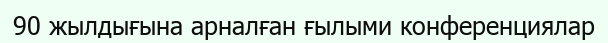
90 жылдығына арналған ғылыми конференциялар